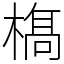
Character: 𣘺